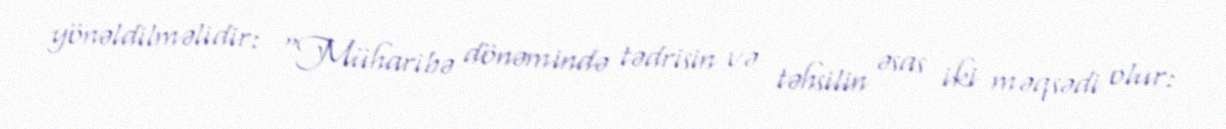
yönəldilməlidir: “Müharibə dönəmində tədrisin və təhsilin əsas iki məqsədi olur: